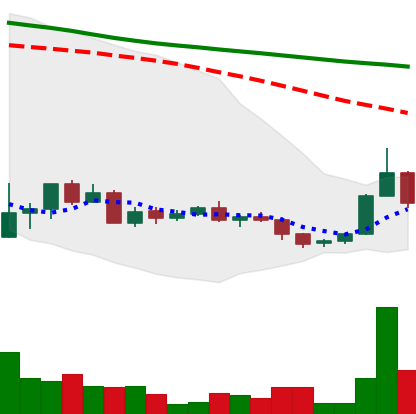
Ticker: ADA-USD
Chart end date: 2022-06-01
Forward return: 10.236%
Label: up_7plus